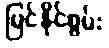
မြင်နိုင်စွမ်း